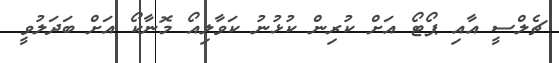
ޗެލްސީ އާއި ޕޯޓޯ އަށް ކުރިން ކުޅުނު ކަވާލިއޯ މޮނާކޯ އަށް ބަދަލުވީ